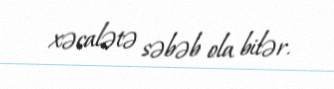
xəcalətə səbəb ola bilər.